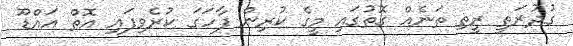
ގުދުރަތީ ރީތި ތަނެއް ގޮތުގައި މީގެ ކުރިން ފާހަގަ ކުރެވިފައި އޮތް އައްޑޫ